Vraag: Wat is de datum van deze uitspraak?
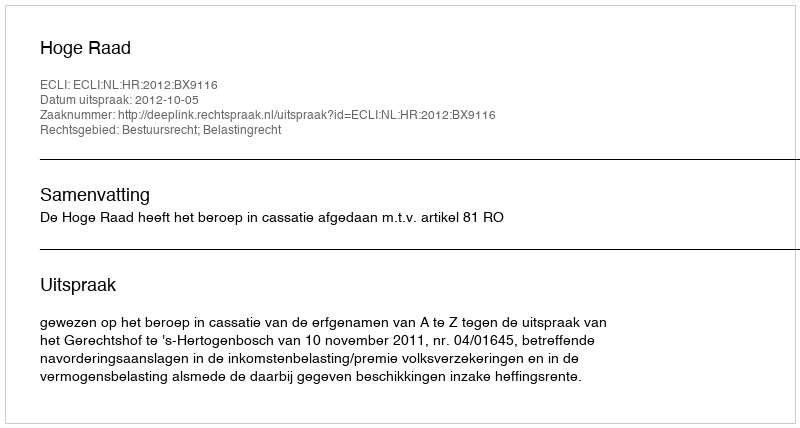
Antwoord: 2012-10-05